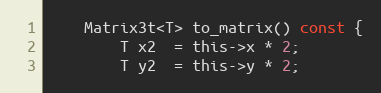
Language: C
	Matrix3t<T> to_matrix() const {
		T x2  = this->x * 2;
		T y2  = this->y * 2;